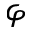
\varphi